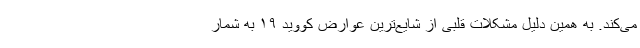
می‌کند. به همین دلیل مشکلات قلبی از شایع‌ترین عوارض کووید ۱۹ به شمار